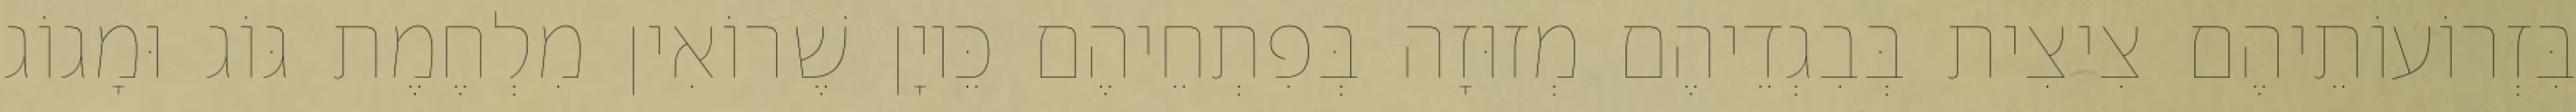
בִּזְרוֹעוֹתֵיהֶם צִיצִית בְּבִגְדֵיהֶם מְזוּזָה בְּפִתְחֵיהֶם כֵּיוָן שֶׁרוֹאִין מִלְחֶמֶת גּוֹג וּמָגוֹג